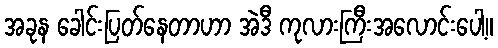
အခုန ခေါင်းပြတ်နေတာဟာ အဲဒီ ကုလားကြီးအလောင်းပေါ့။